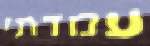
עמדתי